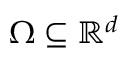
\Omega \subseteq \mathbb { R } ^ { d }